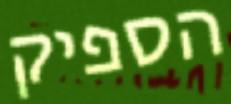
הספיק